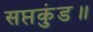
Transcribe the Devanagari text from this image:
सप्तकुंड॥